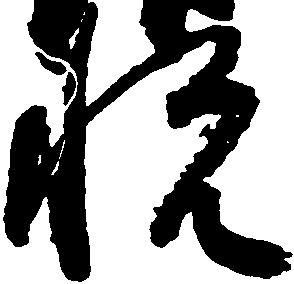
悦